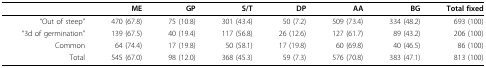
<table><thead><tr><td></td><td><b>ME</b></td><td><b>GP</b></td><td><b>S/T</b></td><td><b>DP</b></td><td><b>AA</b></td><td><b>BG</b></td><td><b>Total fixed</b></td></tr></thead><tbody><tr><td>&quot;Out of steep&quot;</td><td>470 (67.8)</td><td>75 (10.8)</td><td>301 (43.4)</td><td>50 (7.2)</td><td>509 (73.4)</td><td>334 (48.2)</td><td>693 (100)</td></tr><tr><td>&quot;3d of germination&quot;</td><td>139 (67.5)</td><td>40 (19.4)</td><td>117 (56.8)</td><td>26 (12.6)</td><td>127 (61.7)</td><td>89 (43.2)</td><td>206 (100)</td></tr><tr><td>Common</td><td>64 (74.4)</td><td>17 (19.8)</td><td>50 (58.1)</td><td>17 (19.8)</td><td>60 (69.8)</td><td>40 (46.5)</td><td>86 (100)</td></tr><tr><td>Total</td><td>545 (67.0)</td><td>98 (12.0)</td><td>368 (45.3)</td><td>59 (7.3)</td><td>576 (70.8)</td><td>383 (47.1)</td><td>813 (100)</td></tr></tbody></table>